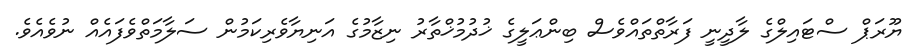
ޔޫރަޕް ސްޓައިލްގެ ލާދީނީ ފަރާތްތައްވެސް ބިންޢަލީގެ ޚުދުމުޚްތާރު ނިޒާމުގެ އަނިޔާވެރިކަމުން ސަލާމަތްވެފައެއް ނުވެއެވެ.